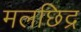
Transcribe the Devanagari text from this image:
मलछिद्र